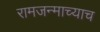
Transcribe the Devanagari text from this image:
रामजन्माच्याच